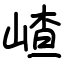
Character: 嵖